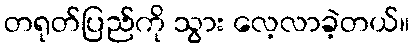
တရုတ်ပြည်ကို သွား လေ့လာခဲ့တယ်။